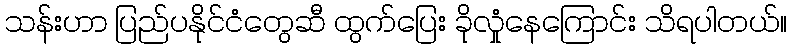
သန်းဟာ ပြည်ပနိုင်ငံတွေဆီ ထွက်ပြေး ခိုလှုံနေကြောင်း သိရပါတယ်။